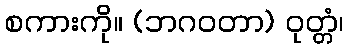
စကားကို။ (ဘဂဝတာ) ဝုတ္တံ၊